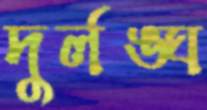
দুর্লঙ্ঘ